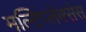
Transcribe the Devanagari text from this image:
मल्टिप्लेक्सेस